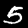
Label: 5